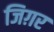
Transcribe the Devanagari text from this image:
जिग़र